Juri_Uluots, lk 70
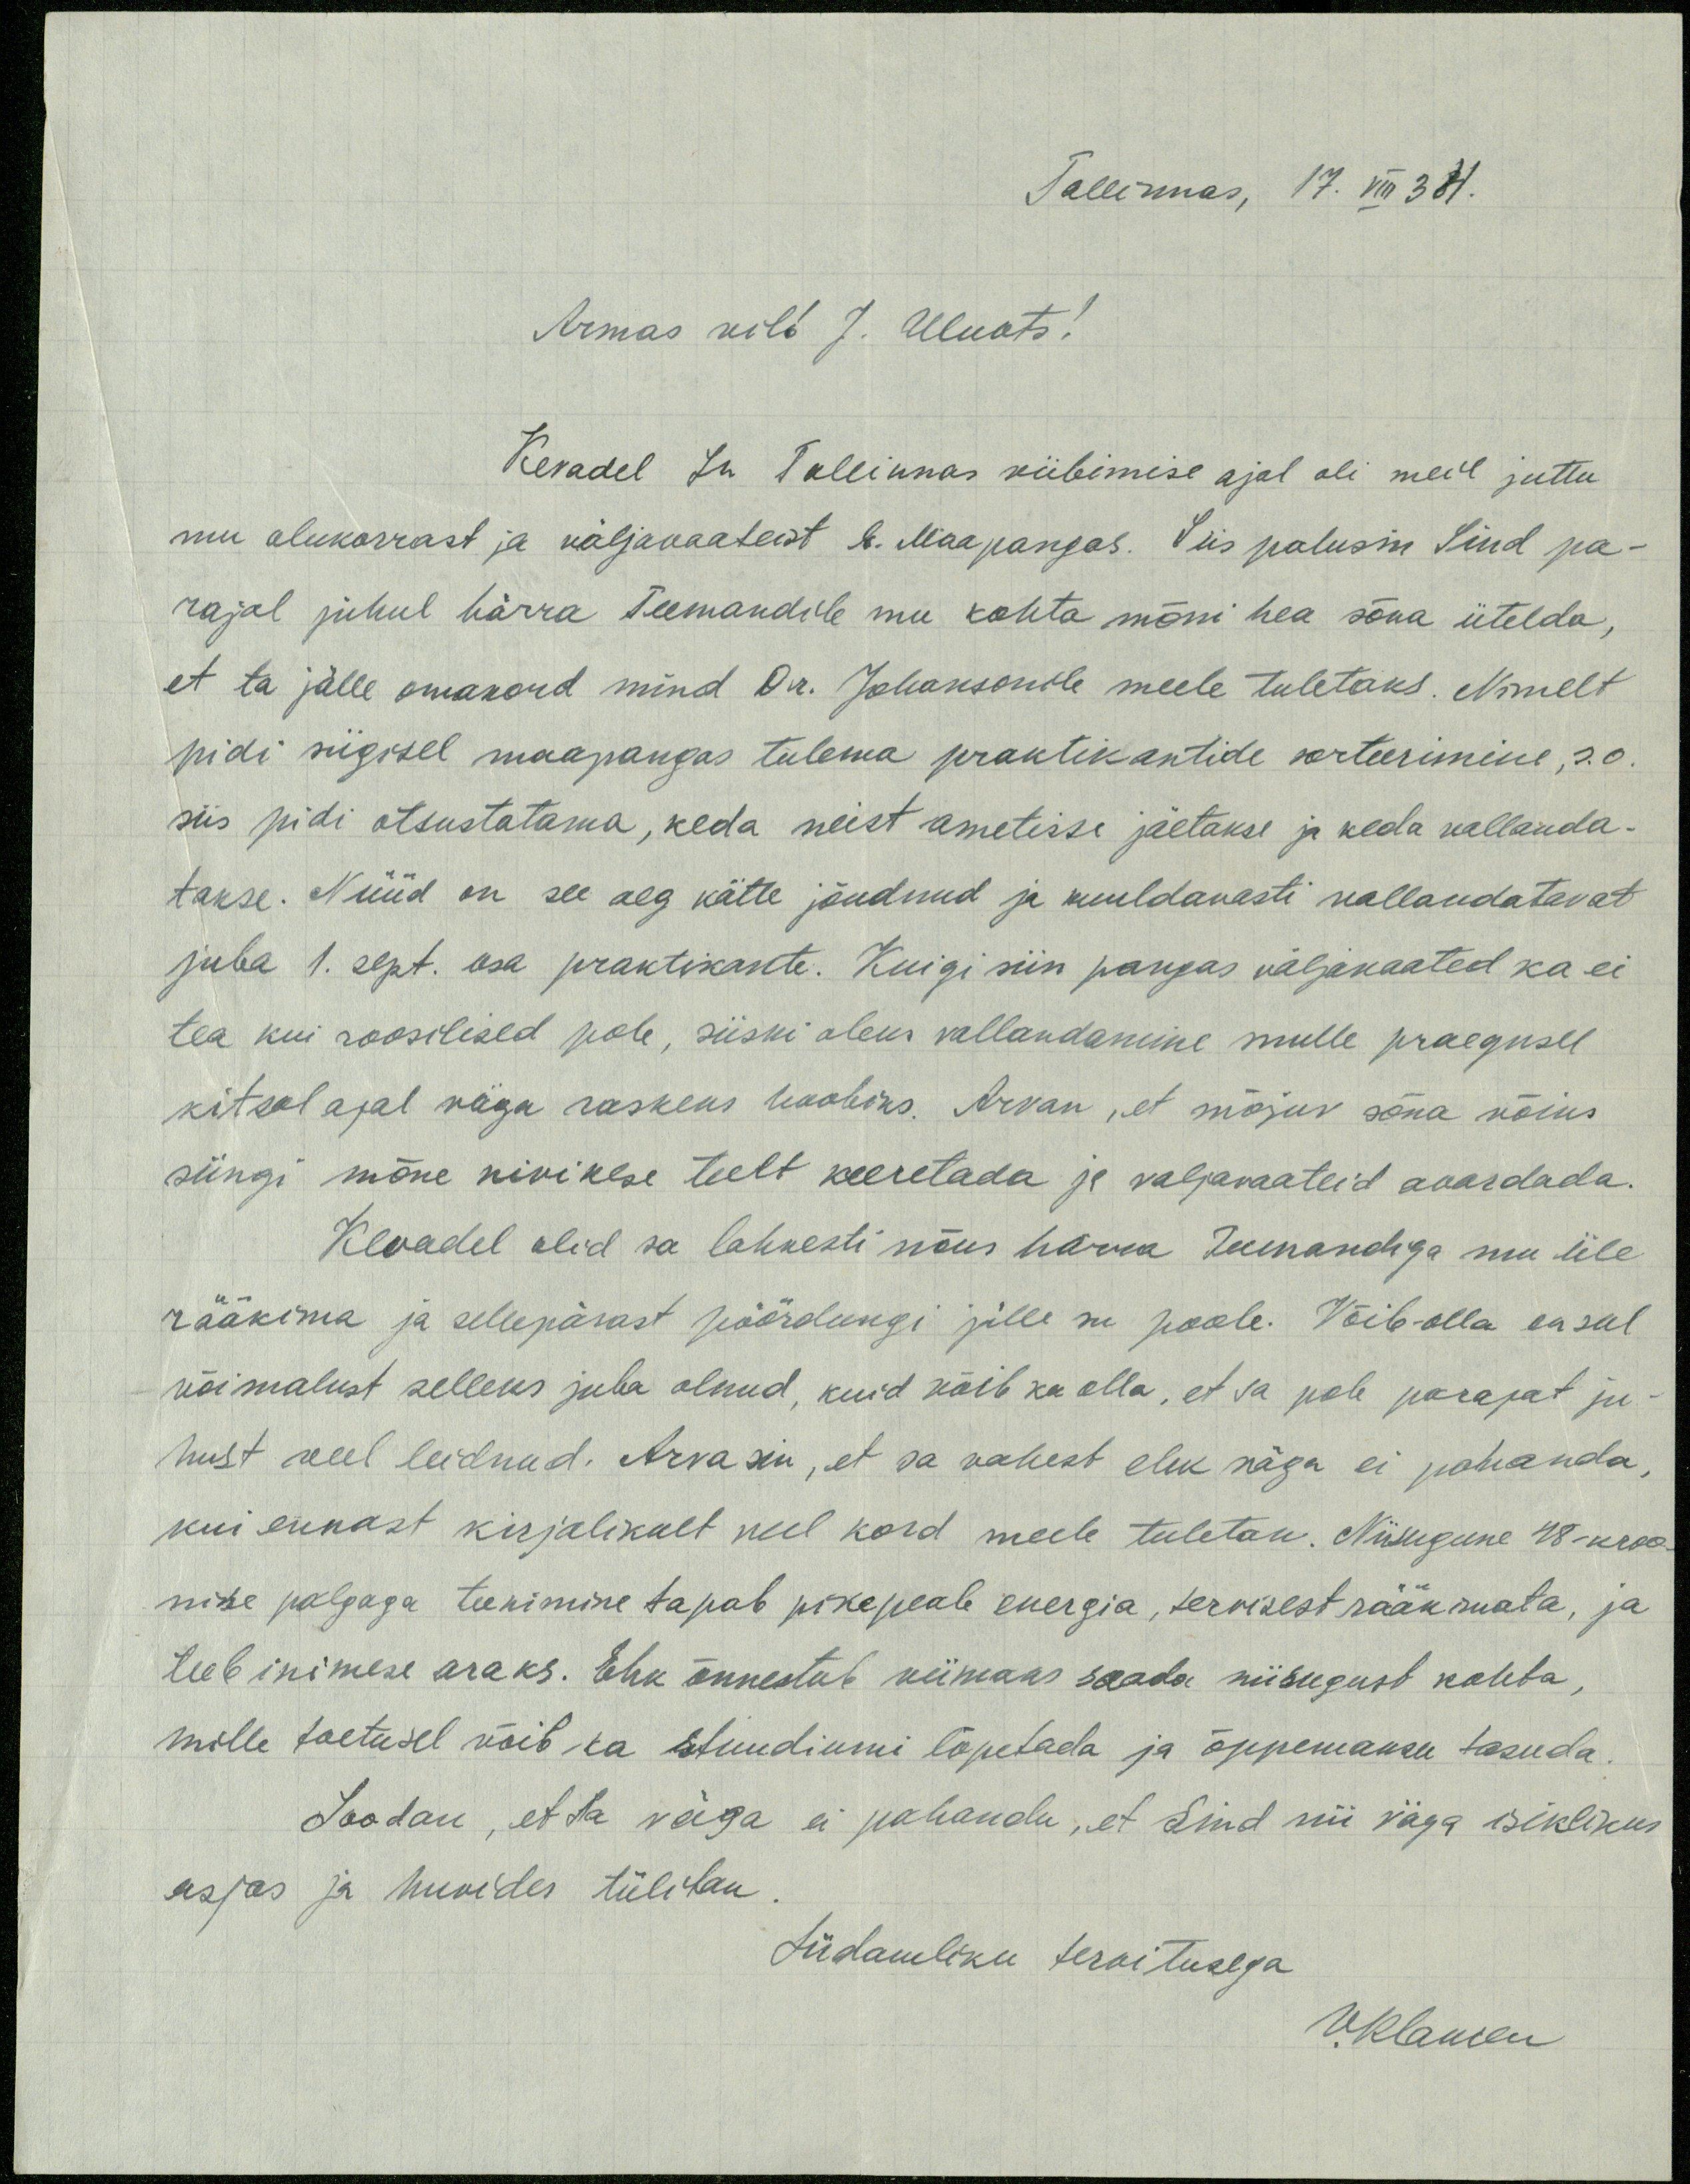
Tallinnas, 17. VIII 34.
Armas vil! J. Uluots!
Kevadel Su Tallinnas viibimise ajal oli meil juttu
mu olukorrast ja väljavaateist E. Maapangas. Siis palusin Sind pa-
rajal juhul härra Teemandile mu kohta mõni hea sõna ütelda,
et ta jälle omakord mind Dr. Johansonile meele tuletaks. Nimelt
pidi sügisel maapangas tulema praktikantide sorteerimine, s.o
siis pidi otsustatama, keda neist ametisse jäetakse ja keda vallanda-
takse. Nüüd on see aeg kätte jõudnud ja kuuldavasti vallandatavat
juba 1. sept. osa praktikante. Kuigi siin pangas väljavaated ka ei
tea kui roosilised pole, siiski oleks vallandamine mulle praegusel
kitsal ajal väga raskeks hoobiks. Arvan, et mõjuv sõna võiks
siingi mõne kivikese teelt veeretada ja valjavaateid avardada.
Kevadel olid sa lahkesti nõus härra Teemandiga mu üle
rääkima ja sellepärast pöördungi jälle su poole. Võib-olla on sul
võimalust selleks juba olnud, kuid võib ka olla, et sa pole parajat ju-
hust veel leidnud. Arvasin, et sa vahest ehk väga ei pahanda,
kui ennast kirjalikult veel kord meele tuletan. Niisugune 48-kroo-
nise palgaga teenimine tapab pikapeale energia, tervisest rääkimata, ja
teeb inimese araks. Ehk õnnestub viimaks saada niisugust kohta,
mille toetusel võib ka stuudiumi lõpetada ja õppemaksu tasuda.
Loodan, et Sa väga ei pahanda, et Sind nii väga isiklikus
asjas ja huvides tülitan.
Südamliku tervitusega
VKlamen